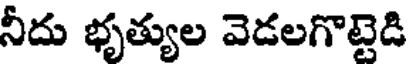
నీదు భృత్యుల వెడలగొట్టెడి